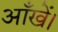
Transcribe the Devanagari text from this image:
आँखें।